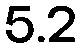
5.2